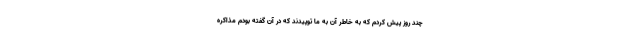
چند روز پیش کردم که به خاطر آن به ما توپیدند که در آن گفته بودم مذاکره